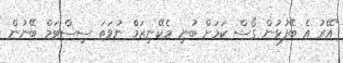
"އޭރު އެ ބޭފުޅުން ގޯސް ކަމަށް ބުނި މެކޭނިޒަމް ނުވަތަ ސިސްޓަމް ބޭނުން